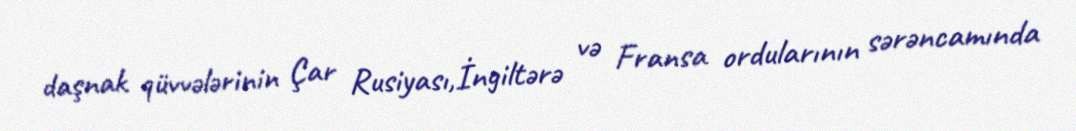
daşnak qüvvələrinin Çar Rusiyası,İngiltərə və Fransa ordularının sərəncamında